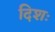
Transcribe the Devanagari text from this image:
दिशः